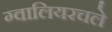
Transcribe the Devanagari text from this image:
ग्वालियरचले